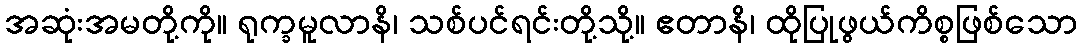
အဆုံးအမတို့ကို။ ရုက္ခမူလာနိ၊ သစ်ပင်ရင်းတို့သို့။ ဧတာနိ၊ ထိုပြုဖွယ်ကိစ္စဖြစ်သော